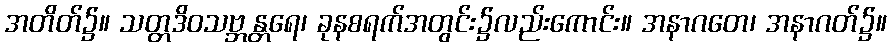
အတိတ်၌။ သတ္တဒိဝသဗ္ဘန္တရေ၊ ခုနစရက်အတွင်း၌လည်းကောင်း။ အနာဂတေ၊ အနာဂတ်၌။